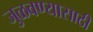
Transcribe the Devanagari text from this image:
जुळवण्यासाठी